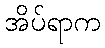
အိပ်ရာက